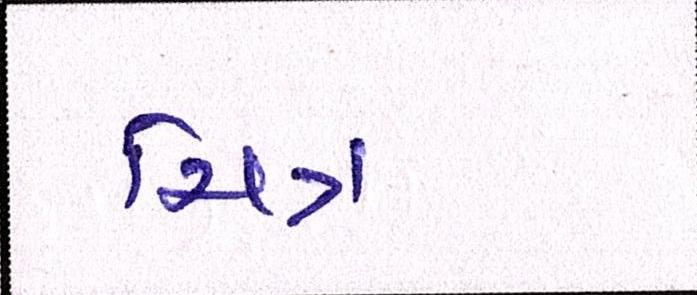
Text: ચિત્ર